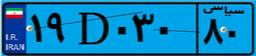
۹۳D۷۹۸۷۵